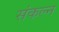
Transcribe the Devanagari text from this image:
संकल्न